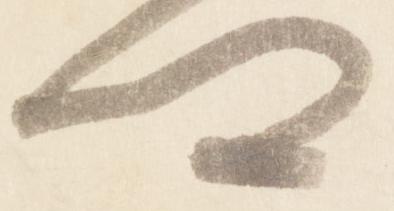
卿